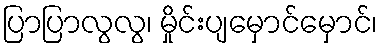
ပြာပြာလွလွ၊ မှိုင်းပျမှောင်မှောင်၊